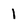
Character: 1